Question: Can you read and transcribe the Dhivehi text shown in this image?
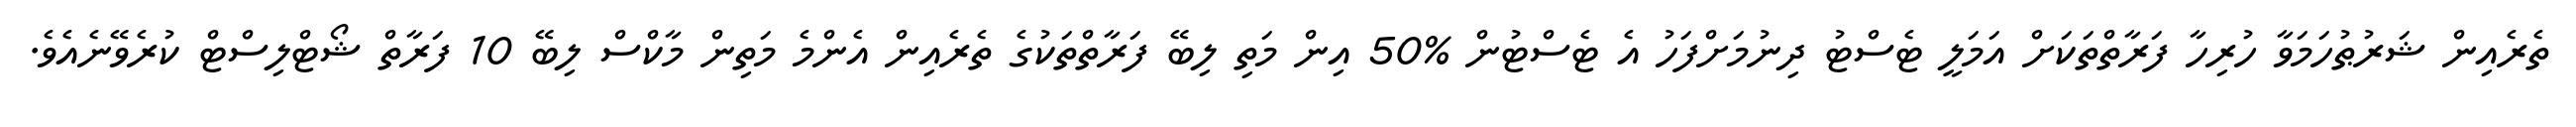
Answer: ތެރެއިން ޝަރުޠުހަމަވާ ހުރިހާ ފަރާތްތަކަށް އަމަލީ ޓެސްޓު ދިނުމަށްފަހު އެ ޓެސްޓުން %50 އިން މަތި ލިބޭ ފަރާތްތަކުގެ ތެރެއިން އެންމެ މަތިން މާކްސް ލިބޭ 10 ފަރާތް ޝޯޓްލިސްޓް ކުރެވޭނެއެވެ.